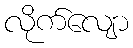
လိုက်လျော